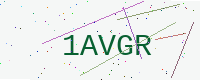
Text: 1AVGR